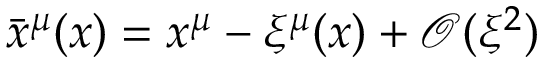
{ \bar { x } } ^ { \mu } ( x ) = x ^ { \mu } - \xi ^ { \mu } ( x ) + \mathcal { O } ( \xi ^ { 2 } )